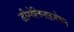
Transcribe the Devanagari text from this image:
डीसेलिनाइज़ेशन